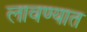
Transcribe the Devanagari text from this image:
लावण्‍यात